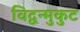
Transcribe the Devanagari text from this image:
विद्वन्मुकुट